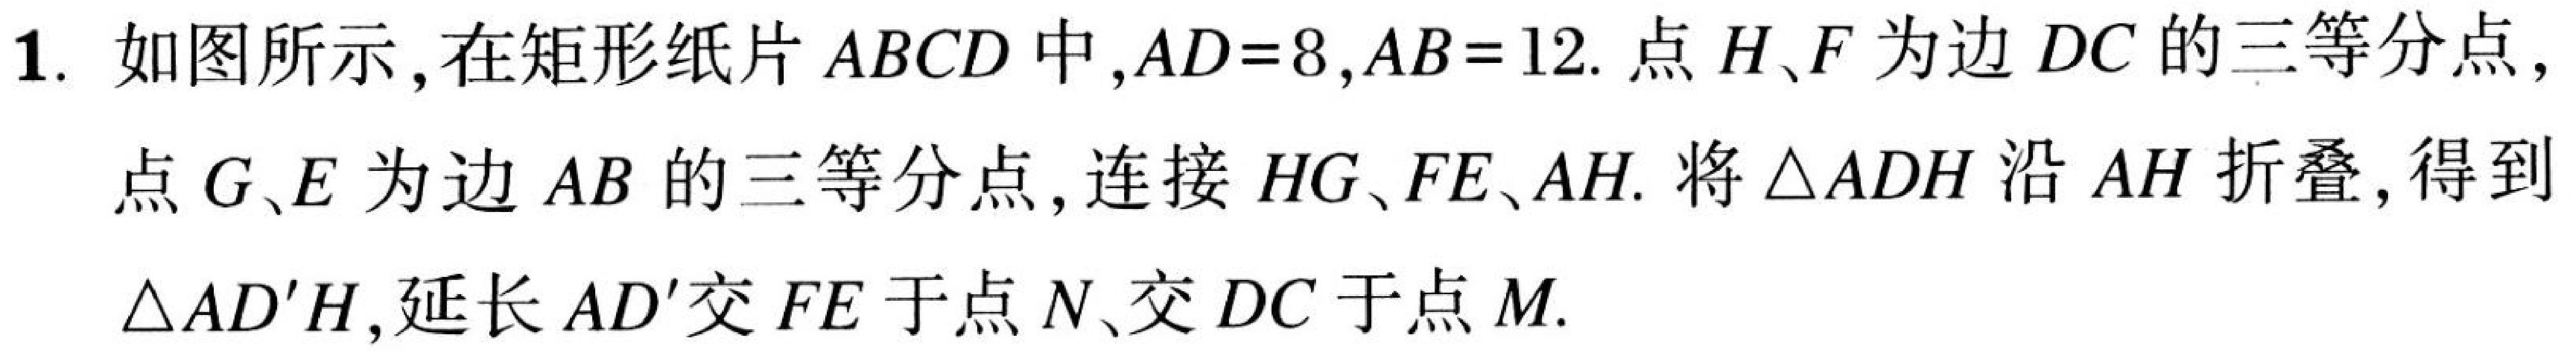
1. 如图所示，在矩形纸片\(ABCD\)中，\(AD = 8\)，\(AB = 12\). 点\(H、F\)为边\(DC\)的三等分点，
点\(G、E\)为边\(AB\)的三等分点，连接\(HG、FE、AH\). 将\(\triangle ADH\)沿\(AH\)折叠，得到
\(\triangle AD'H\)，延长\(AD'\)交\(FE\)于点\(N\)、交\(DC\)于点\(M\).